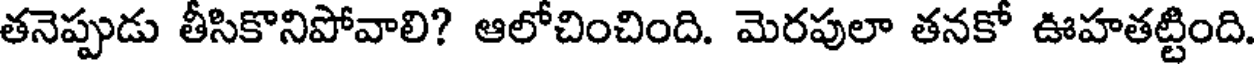
తనెప్పుడు తీసికొనిపోవాలి? ఆలోచించింది. మెరపులా తనకో ఊహతట్టింది.